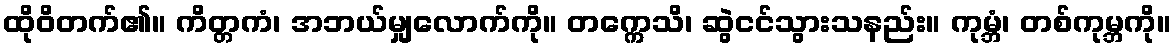
ထိုဝိတက်၏။ ကိတ္တကံ၊ အဘယ်မျှလောက်ကို။ တက္ကေသိ၊ ဆွဲငင်သွားသနည်း။ ကုမ္ဘံ၊ တစ်ကုမ္ဘကို။